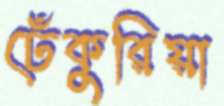
ঢেঁকুরিয়া